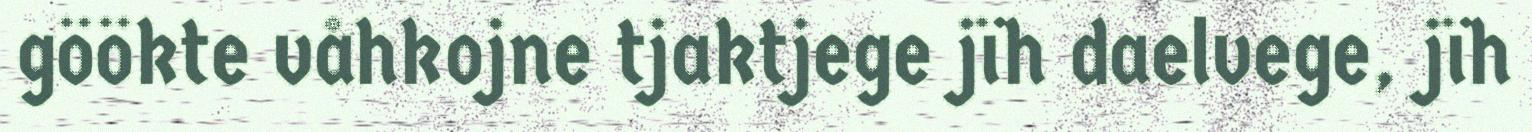
göökte våhkojne tjaktjege jïh daelvege, jïh